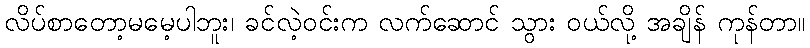
လိပ်စာတော့မမေ့ပါဘူး၊ ခင်လဲ့ဝင်းက လက်ဆောင် သွား ဝယ်လို့ အချိန် ကုန်တာ။